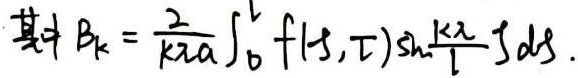
其中 $B_{k}=\frac{2}{k \pi a} \int_{0}^{a} f(s, \tau) \sin \frac{k \pi}{l} s \mathrm{d}s$.